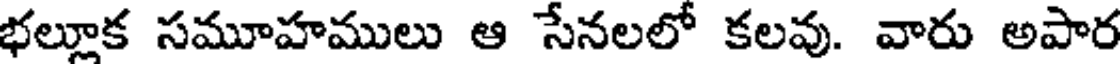
భల్లూక సమూహములు ఆ సేనలలో కలవు. వారు అపార